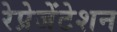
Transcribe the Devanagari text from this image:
रेप्रेजेंटेशन